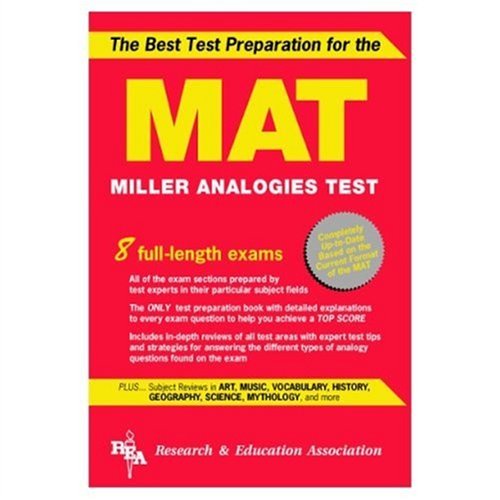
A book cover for MAT -- The Best Test Preparation for the Miller Analogies Test (Miller Analogies Test (MAT) Preparation); The Editors of REA; Test Preparation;